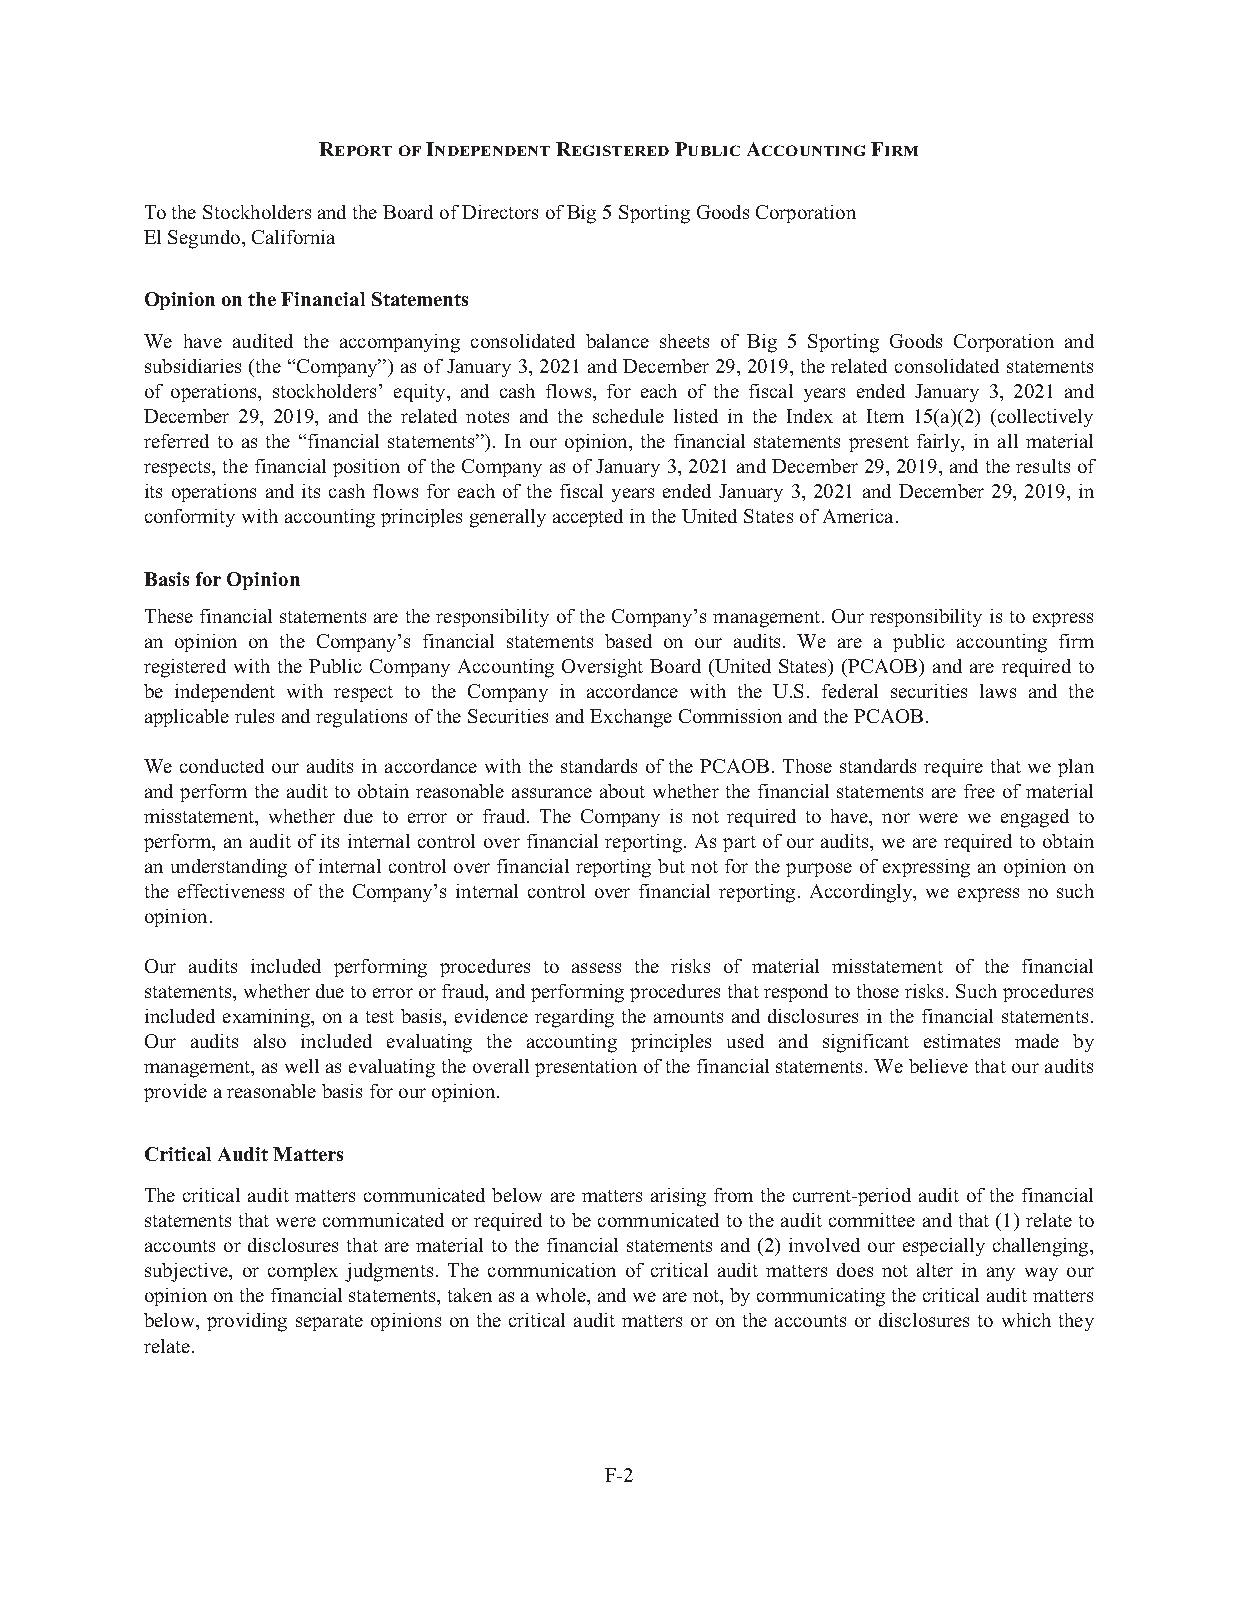
REPORTOFINDEPENDENTREGISTEREDPUBLICACCOUNTINGFIRM
 TotheStockholdersandtheBoardofDirectorsofBig5SportingGoodsCorporation
 ElSegundo,California
 OpinionontheFinancialStatements
 We have audited the accompanying consolidated balance sheets of Big 5 Sporting Goods Corporation and
 subsidiaries (the“Company”)asofJanuary3,2021andDecember29,2019,therelatedconsolidatedstatements
 of operations, stockholders’ equity, and cash flows, for each of the fiscal years ended January 3, 2021 and
 December 29, 2019, and the related notes and the schedule listed in the Index at Item 15(a)(2) (collectively
 referred to as the “financial statements”). In our opinion, the financial statements present fairly, in all material
 respects,thefinancial positionoftheCompanyasofJanuary3,2021andDecember29,2019,andtheresultsof
 its operations and its cash flows for each of the fiscal years ended January 3, 2021 and December 29, 2019, in
 conformitywithaccountingprinciplesgenerallyacceptedintheUnitedStatesofAmerica.
 BasisforOpinion
 Thesefinancial statements aretheresponsibility oftheCompany’smanagement. Ourresponsibility istoexpress
 an opinion on the Company’s financial statements based on our audits. We are a public accounting firm
 registered with the Public Company Accounting Oversight Board (United States) (PCAOB) and are required to
 be independent with respect to the Company in accordance with the U.S. federal securities laws and the
 applicablerulesandregulationsoftheSecuritiesandExchangeCommissionandthePCAOB.
 We conducted our audits in accordance with the standards of the PCAOB.Those standards require that we plan
 and perform the audit to obtain reasonable assurance about whether the financial statements are free of material
 misstatement, whether due to error or fraud. The Company is not required to have, nor were we engaged to
 perform, an audit of its internal control over financial reporting. As part of our audits, weare required to obtain
 an understanding ofinternal control overfinancial reporting butnotforthepurposeofexpressing anopinionon
 the effectiveness of the Company’s internal control over financial reporting. Accordingly, we express no such
 opinion.
 Our audits included performing procedures to assess the risks of material misstatement of the financial
 statements,whetherduetoerrororfraud,andperformingproceduresthatrespondtothoserisks.Suchprocedures
 included examining, on a test basis, evidence regarding the amounts and disclosures in the financial statements.
 Our audits also included evaluating the accounting principles used and significant estimates made by
 management,aswellasevaluatingtheoverallpresentationofthefinancialstatements.Webelievethatouraudits
 provideareasonablebasisforouropinion.
 CriticalAuditMatters
 The critical audit matters communicated below are matters arising from the current-period audit of the financial
 statementsthatwerecommunicatedorrequiredtobecommunicatedtotheauditcommitteeandthat(1)relateto
 accounts or disclosures that are material to the financial statements and (2) involved our especially challenging,
 subjective, or complex judgments. The communication of critical audit matters does not alter in any way our
 opiniononthefinancialstatements,takenasawhole,andwearenot,bycommunicatingthecriticalauditmatters
 below, providing separate opinions on the critical audit matters or on the accounts or disclosures to which they
 relate.
 F-2